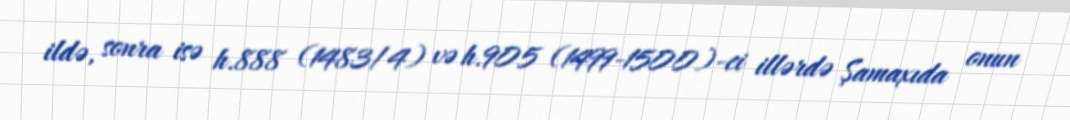
ildə, sonra isə h.888 (1483/4) və h.905 (1499-1500)-ci illərdə Şamaxıda onun